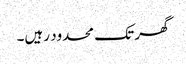
گھر تک محدود رہیں۔